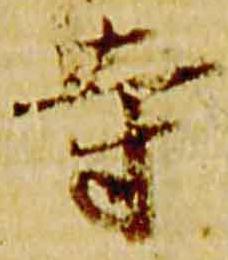
寺